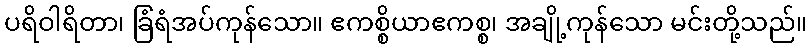
ပရိဝါရိတာ၊ ခြံရံအပ်ကုန်သော။ ဧကစ္စိယာဧကစ္စ၊ အချို့ကုန်သော မင်းတို့သည်။